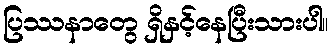
ပြဿနာတွေ ရှိနှင့်နေပြီးသားပါ။